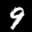
Label: 9